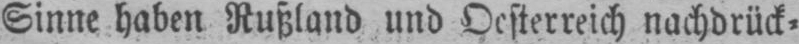
Sinne haben Rußland und Oesterreich nachdrück⸗